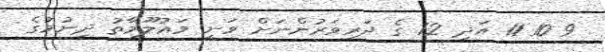
9 10 11 އަދި 12 ގެ ދަރިވަރުންނަށް ވަނީ މަޢުލޫމާތު ދިނުމުގެ